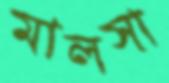
মালসা